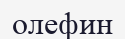
олефин